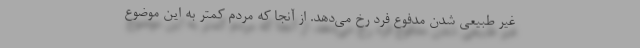
غیر طبیعی شدن مدفوع فرد رخ می‌دهد. از آنجا که مردم کمتر به این موضوع